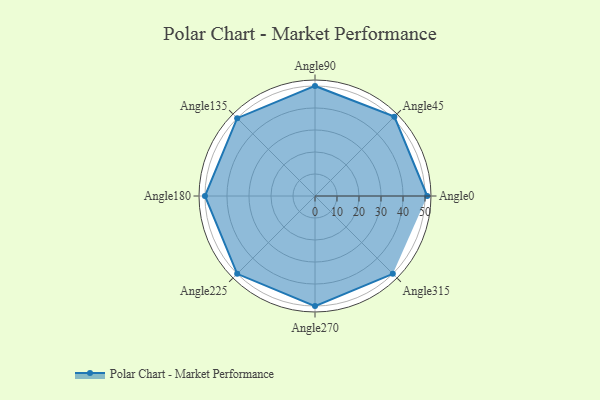
{"axis": {"x": "Angle", "y": "Radius"}, "legend": [""], "data": [{"x": "Angle0", "y": 51.0, "type": ""}, {"x": "Angle45", "y": 51.0, "type": ""}, {"x": "Angle90", "y": 50, "type": ""}, {"x": "Angle135", "y": 50, "type": ""}, {"x": "Angle180", "y": 50, "type": ""}, {"x": "Angle225", "y": 50, "type": ""}, {"x": "Angle270", "y": 50, "type": ""}, {"x": "Angle315", "y": 50, "type": ""}]}